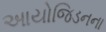
આયોજિડનના